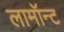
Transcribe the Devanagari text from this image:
लामॉन्ट